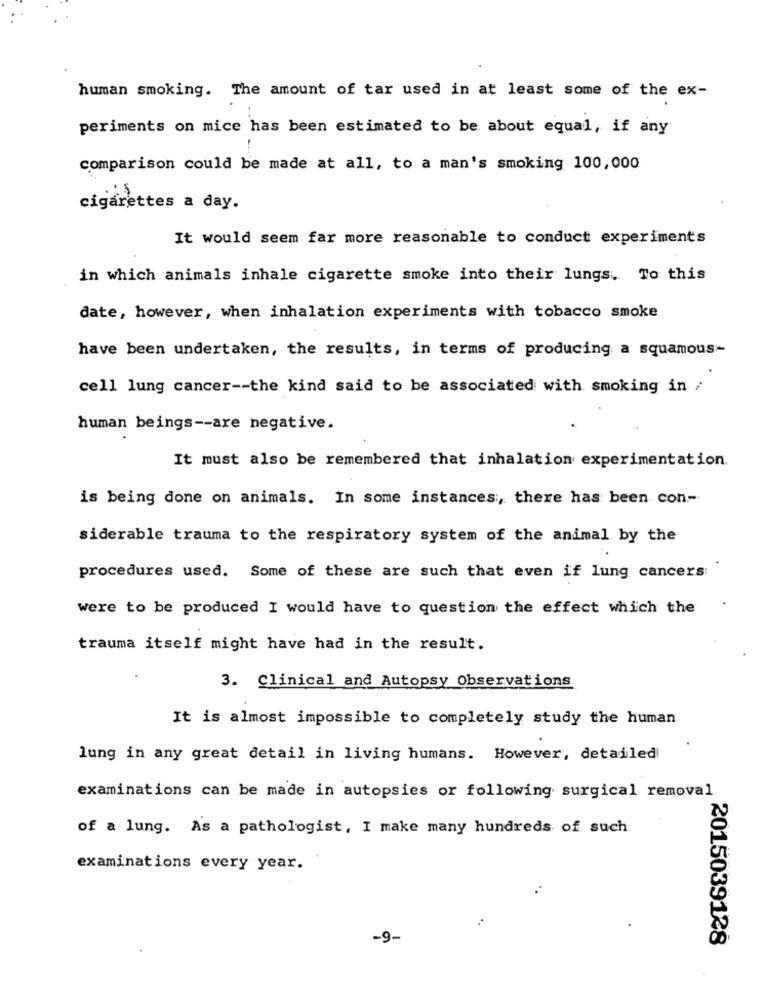
human smoking. The amount of tar used in at least some of the ex-
periments on mice has been estimated to be about equal, if any
comparison could be made at all, to a man's smoking 100,000
cigarettes a day.
It would seem far more reasonable to conduct experiments
in which animals inhale cigarette smoke into their lungs. To this
date, however, when inhalation experiments with tobacco smoke
have been undertaken, the results, in terms of producing a squamous-
cell lung cancer -- the kind said to be associated with smoking in /
human beings -- are negative.
It must also be remembered that inhalation experimentation.
is being done on animals. In some instances, there has been con .-
siderable trauma to the respiratory system of the animal by the
procedures used. Some of these are such that even if lung cancers:
were to be produced I would have to question the effect which the
trauma itself might have had in the result.
3. Clinical and Autopsy Observations
It is almost impossible to completely study the human
lung in any great detail in living humans. However, detailed
examinations can be made in autopsies or following surgical removal
of a lung. As a pathologist, I make many hundreds of such.
examinations every year.
-9-
2015039128